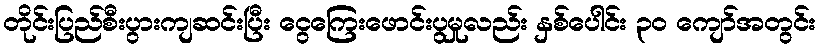
တိုင်းပြည်စီးပွားကျဆင်းပြီး ငွေကြေးဖောင်းပွမှုလည်း နှစ်ပေါင်း ၃၀ ကျော်အတွင်း